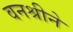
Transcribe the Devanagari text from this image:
वनश्रीने